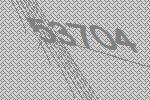
53704